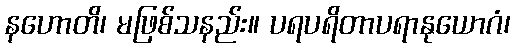
နဟောတိ၊ မဖြစ်သနည်း။ ပရပရိတာပရာနုယောဂံ၊